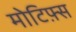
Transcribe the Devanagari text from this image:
मोटिफ़्स